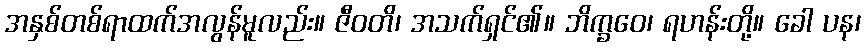
အနှစ်တစ်ရာထက်အလွန်မူလည်း။ ဇီဝတိ၊ အသက်ရှင်၏။ ဘိက္ခဝေ၊ ရဟန်းတို့။ ခေါ ပန၊